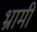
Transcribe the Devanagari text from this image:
भ्रामी